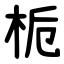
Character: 栀